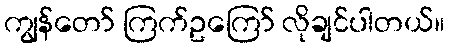
ကျွန်တော် ကြက်ဥကြော် လိုချင်ပါတယ်။